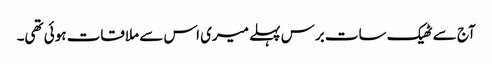
آج سے ٹھیک سات برس پہلے میری اس سے ملاقات ہوئی تھی۔